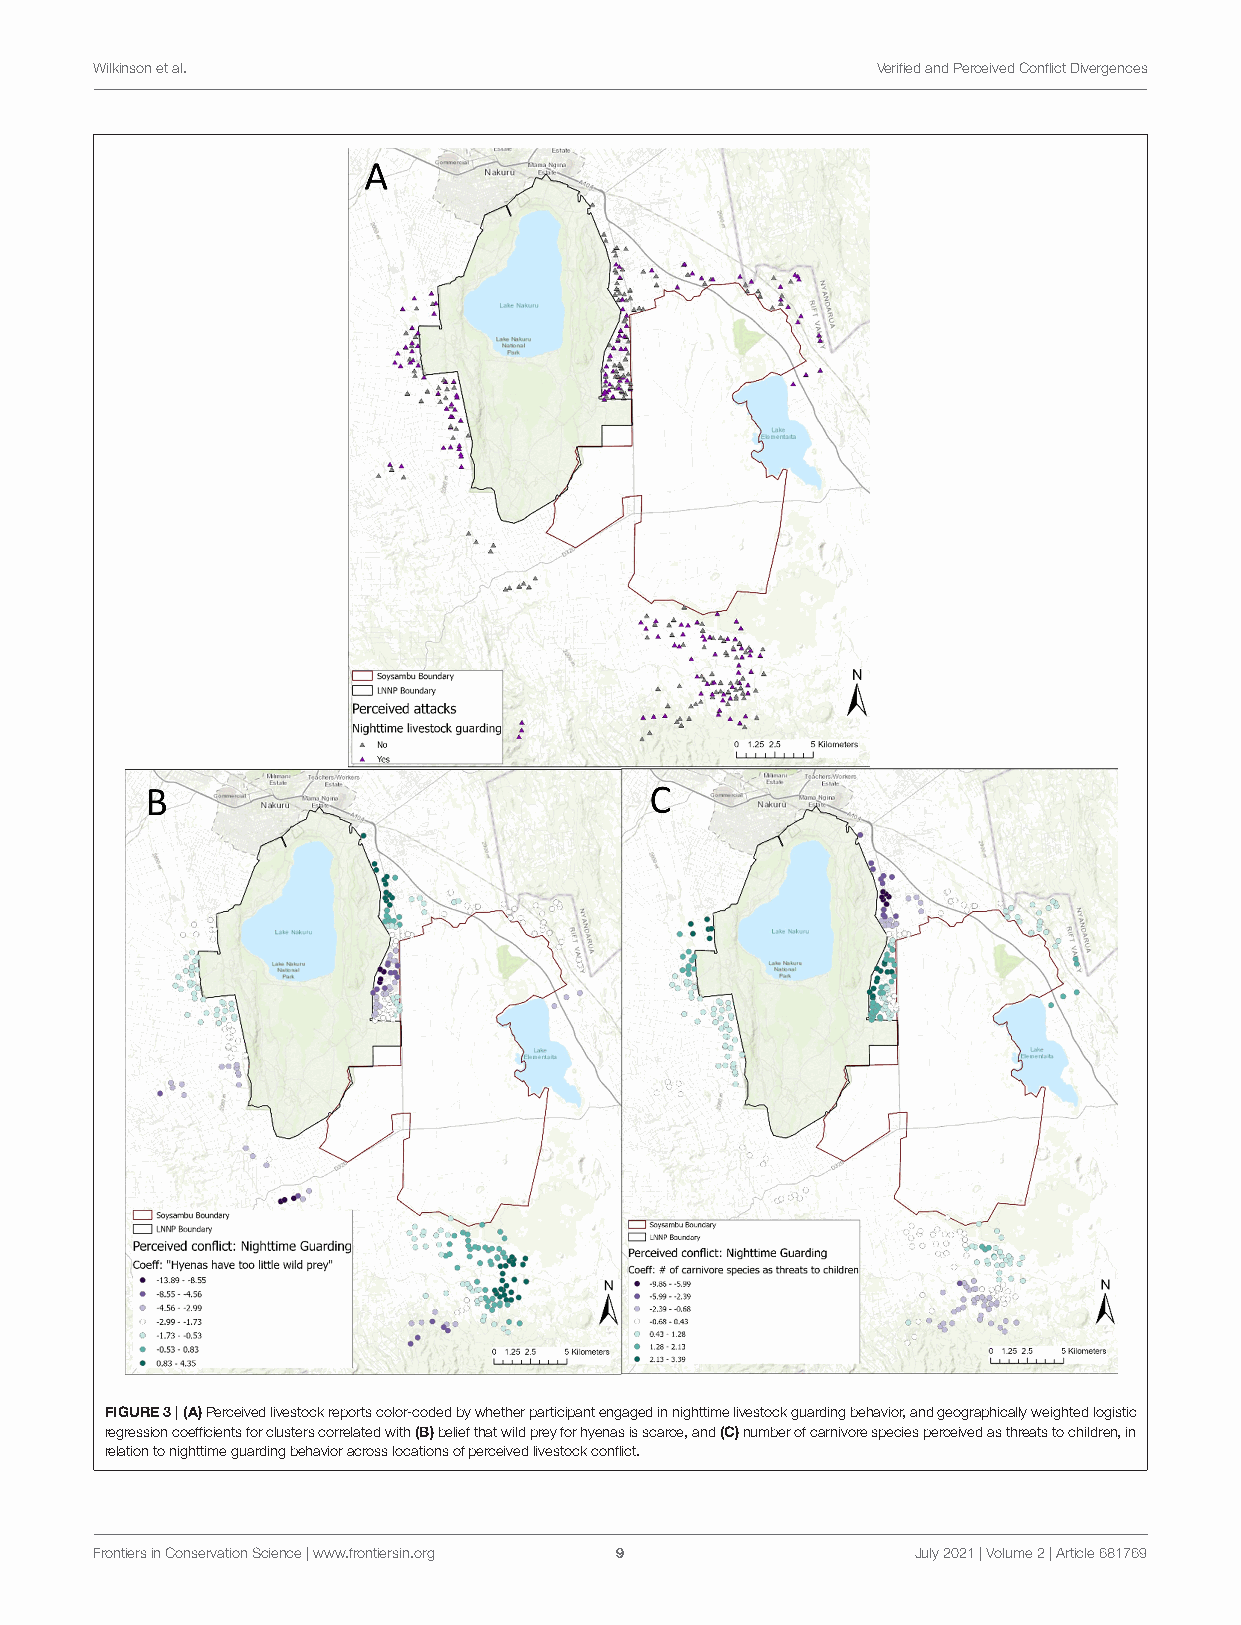
Wilkinsonetal.                                      VerifiedandPerceivedConflictDivergences
 FIGURE3|(A)Perceivedlivestockreportscolor-codedbywhetherparticipantengagedinnighttimelivestockguardingbehavior,andgeographicallyweightedlogistic
 regressioncoefficientsforclusterscorrelatedwith(B)beliefthatwildpreyforhyenasisscarce,and(C)numberofcarnivorespeciesperceivedasthreatstochildren,in
 relationtonighttimeguardingbehavioracrosslocationsofperceivedlivestockconflict.
 FrontiersinConservationScience|www.frontiersin.org 9   July2021|Volume2|Article681769